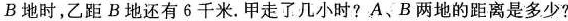
B地时，乙距B地还有6千米.甲走了几小时?A、B两地的距离是多少?